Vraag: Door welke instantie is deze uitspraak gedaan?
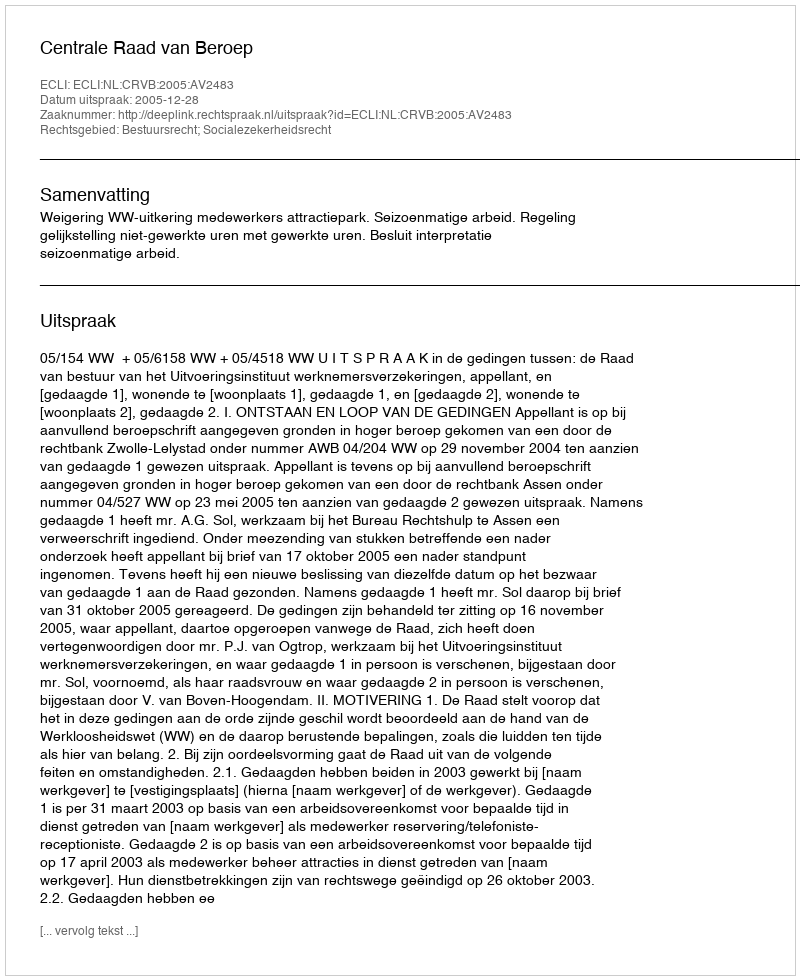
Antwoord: Centrale Raad van Beroep